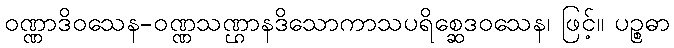
ဝဏ္ဏာဒိဝသေန-ဝဏ္ဏသဏ္ဌာနဒိသောကာသပရိစ္ဆေဒဝသေန၊ ဖြင့်။ ပဉ္စဓာ